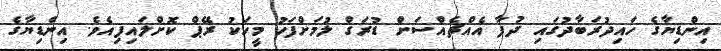
އިންޑިޔާގެ ހައިދުރަބާދުގައި ދުފާ އެއްޗެއްސަށް ޑުރަގް ލުމަށްފަހު މީހަކު ރޭޕް ކޮށްލައިފިއެވެ. އިންޑިޔާގެ